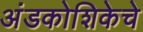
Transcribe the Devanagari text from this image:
अंडकोशिकेचे